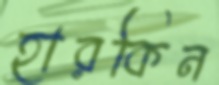
হারকিন